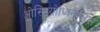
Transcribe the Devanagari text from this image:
ओस्टियोजिनेसिस